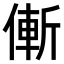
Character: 𠌲